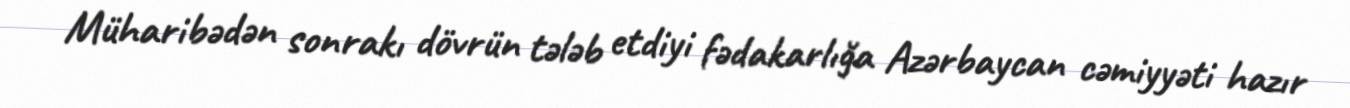
Müharibədən sonrakı dövrün tələb etdiyi fədakarlığa Azərbaycan cəmiyyəti hazır